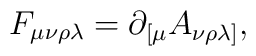
F_{\mu\nu\rho\lambda} = \partial_{[\mu} A_{\nu\rho\lambda]},